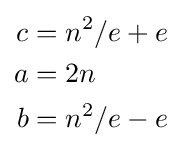
{\begin{aligned}c&=n^{2}/e+e\\a&=2n\\b&=n^{2}/e-e\end{aligned}}